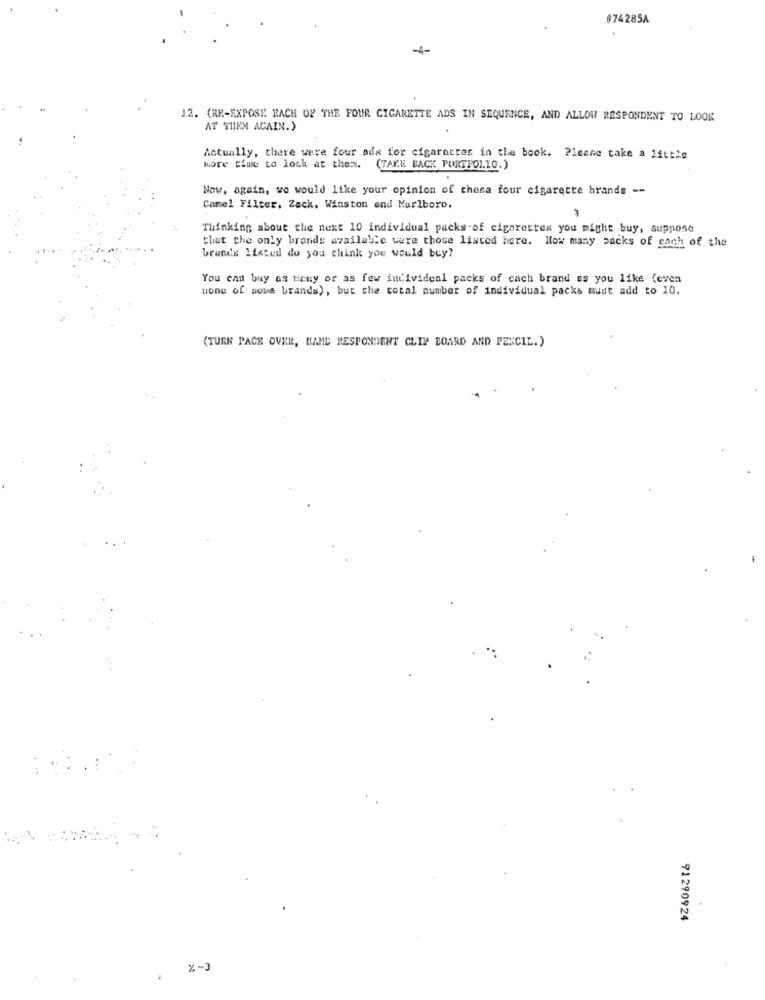
#74285A
-4-
12. (RE-EXPOSE EACH OF THE FOUR CIGARETTE ADS IN SEQUENCE, AND ALLOW RESPONDENT TO LOOK
AT THEM AGAIN.)
Actually, there were four ads for cigaretter in the book. Please take a little
more time to lock at them.
(TAKE BACK PORTFOLIO.)
Now, again, we would like your opinion of thesa four cigarette brands --
Camel Filter, Zack. Winston and Marlboro.
Thinking about the next 10 individual packs of cigarettes you might buy, suppose
that the only brands available were those listed here. llow many packs of each of the
brands listed do you think you would buy?
You can buy as many of as few individual packs of cach brand es you like (even
none of sowe brands), but the total number of individual packs must add to 10.
(TURN PACK OVER, HAND RESPONDENT CLIP BOARD AND PENCIL.)
91290924
%-3